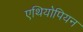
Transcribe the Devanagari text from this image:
एथियोपियन